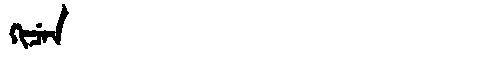
Manchu: ᡴᡳᠴᡝᠨ
Romanization: KICEN